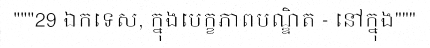
"""29 ឯកទេស, ក្នុងបេក្ខភាពបណ្ឌិត - នៅក្នុង"""